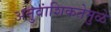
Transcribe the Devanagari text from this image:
अनुवांशिकतेमुळे